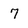
Character: 7